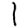
Digit: 1